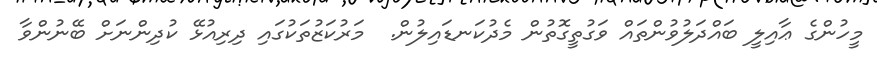
މީހުންގެ ޢާއިލީ ބައްދަލުވުންތައް ވަގުތީގޮތުން މެދުކަނޑައިލުން.  މަރުކަޒުތަކުގައި ދިރިއުޅޭ ކުދިންނަށް ބޭނުންވާ